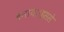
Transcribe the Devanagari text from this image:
बनाया।इससे